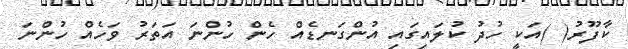
ކާފޫރު( )އަކީ ހުދު ކުލައިގައި އުންގަނޑެއް ހެން ހުންނަ އަތަރު ވަހެއް ހުންނަ